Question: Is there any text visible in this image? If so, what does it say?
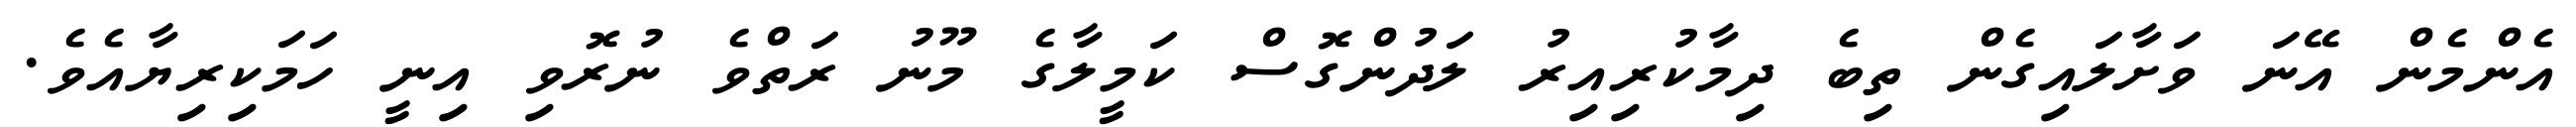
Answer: އެންމެން އޭނަ ވަށާލައިގެން ތިބެ ދިމާކުރިއިރު ލަދުންގޮސް ކަމީލާގެ މޫނު ރަތްވެ ނުރޮވި އިނީ ހަމަކިރިޔާއެވެ.